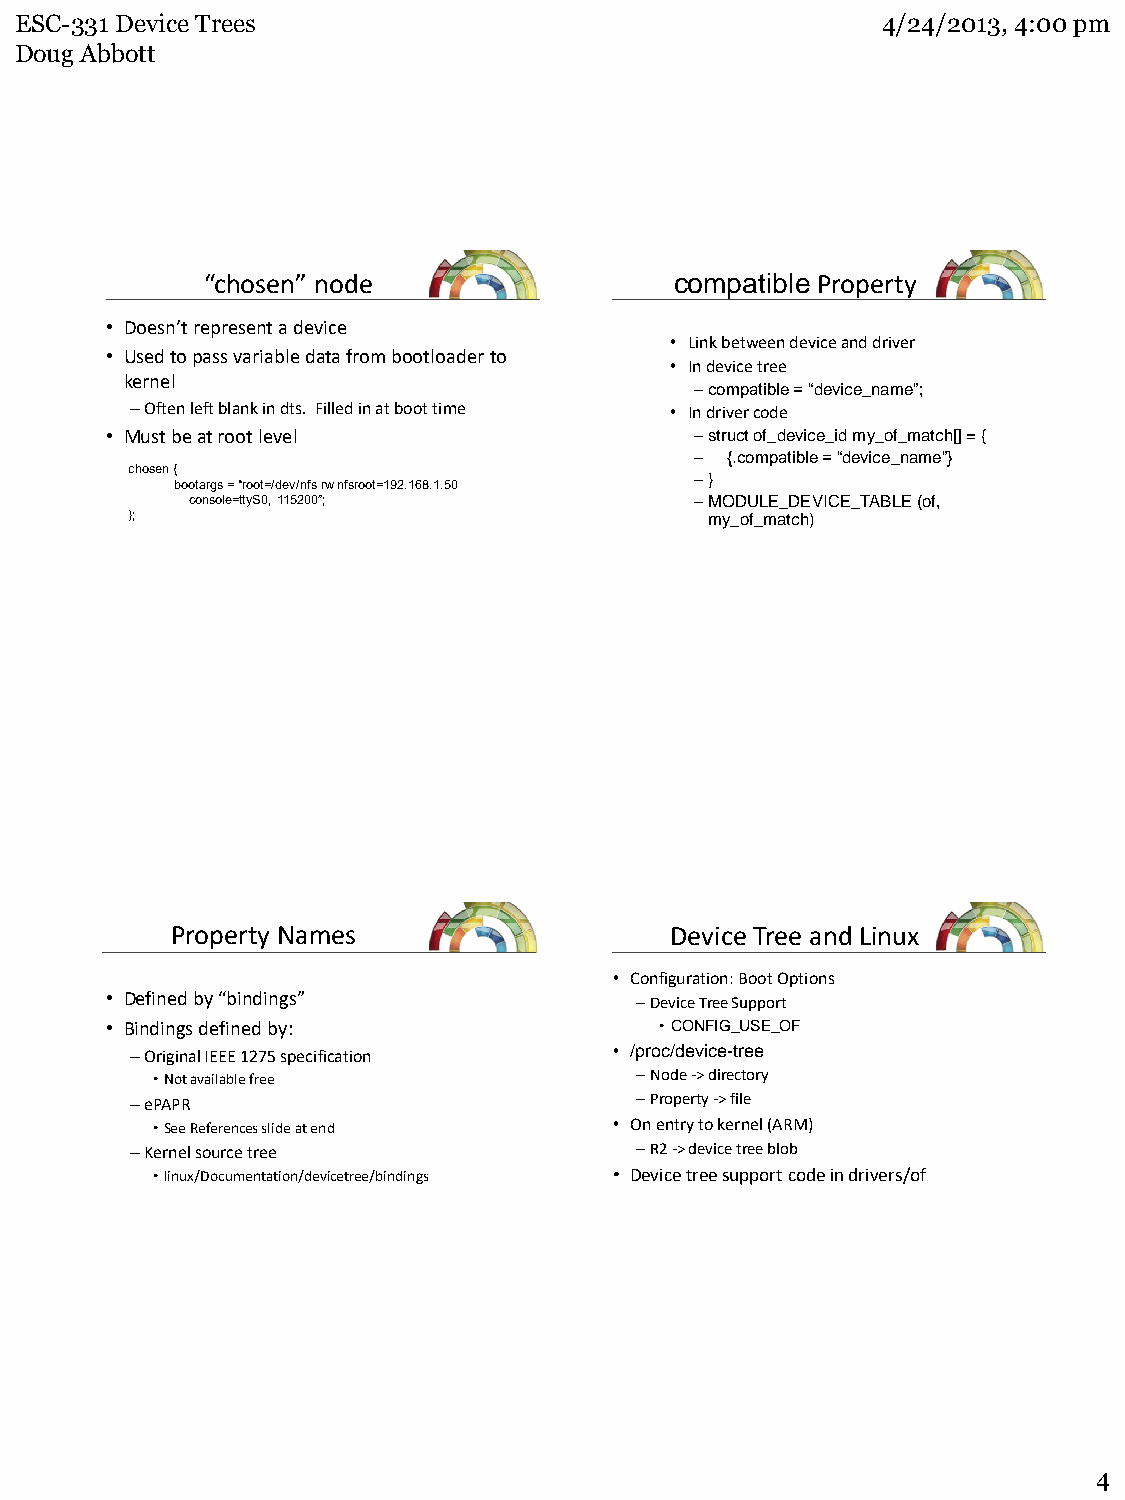
ESC-331 Device Trees                                     4/24/2013, 4:00 pm
 Doug Abbott
 “chosen” node                  compatible Property
 • Doesn’t represent a device
 • Link between device and driver
 • Used to pass variable data from bootloader to
 • In device tree
 kernel
 –compatible = “device_name”;
 –Often left blank in dts. Filled in at boot time • In driver code
 • Must be at root level                –struct of_device_id my_of_match[] = {
 – {.compatible = “device_name”}
 chosen {
 –}
 bootargs = “root=/dev/nfs rw nfsroot=192.168.1.50
 console=ttyS0, 115200”;           –MODULE_DEVICE_TABLE (of,
 };                                     my_of_match)
 Property Names                   Device Tree and Linux
 • Configuration: Boot Options
 • Defined by “bindings”            –Device Tree Support
 • Bindings defined by:               •CONFIG_USE_OF
 –Original IEEE 1275 specification • /proc/device-tree
 •Not available free             –Node -> directory
 –ePAPR                           –Property -> file
 •See References slide at end   • On entry to kernel (ARM)
 –Kernel source tree              –R2 -> device tree blob
 •linux/Documentation/devicetree/bindings • Device tree support code in drivers/of
 4